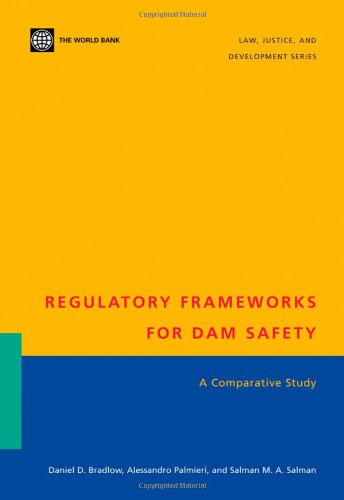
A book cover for Regulatory Frameworks for Dam Safety: A Comparative Study (Law, Justice, and Development Series); Daniel D. Bradlow; Business & Money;